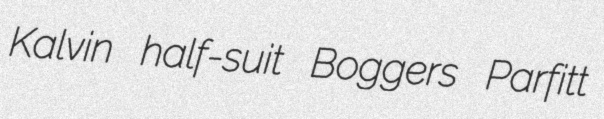
Kalvin half-suit Boggers Parfitt